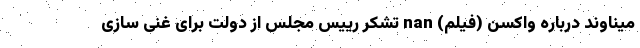
میناوند درباره واکسن (فیلم) nan تشکر رییس مجلس از دولت برای غنی سازی